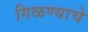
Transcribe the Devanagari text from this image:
गिळण्याचे